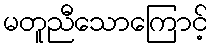
မတူညီသောကြောင့်